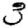
Digit: 3